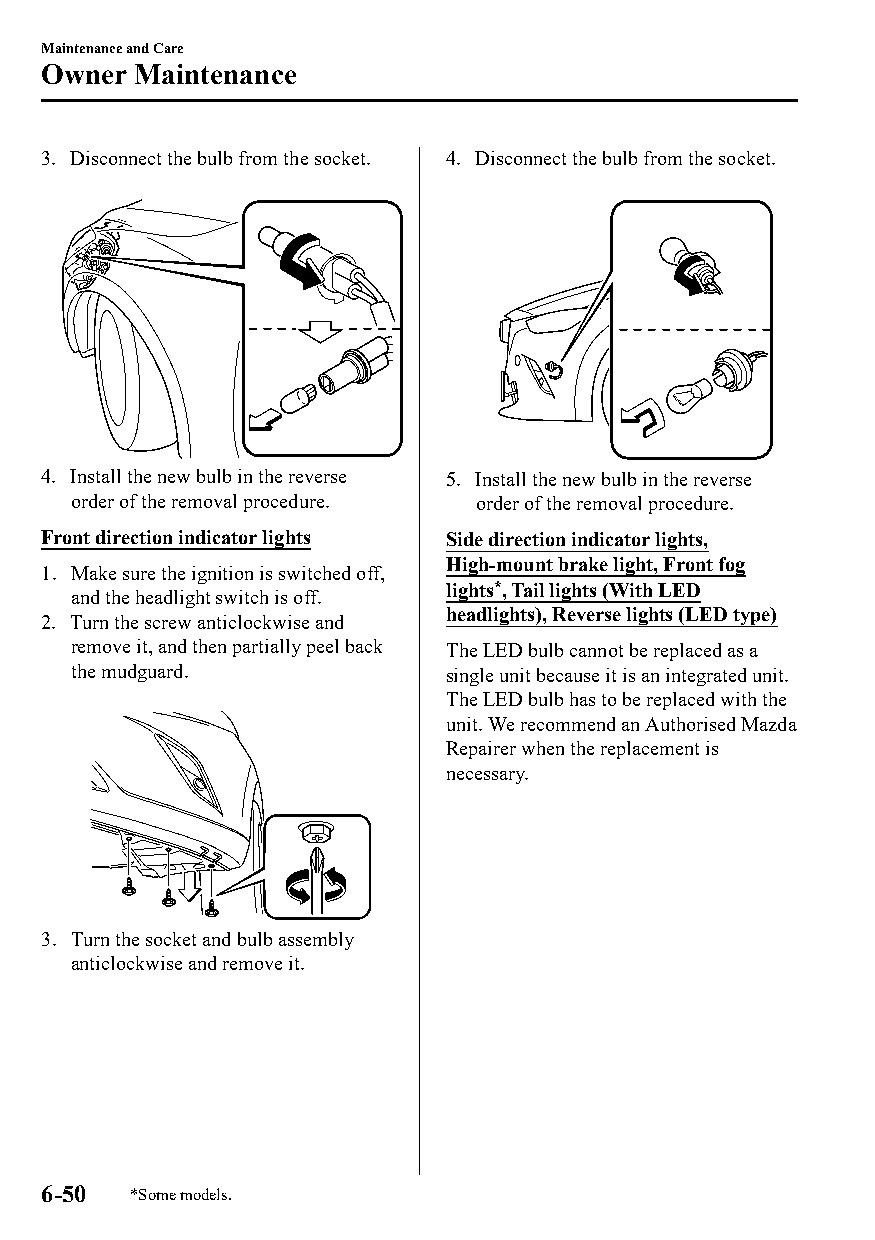
Maintenance and Care
 Owner  Maintenance
 3. Disconnect the bulb from the socket. 4. Disconnect the bulb from the socket.
 4. Install the new bulb in the reverse 5. Install the new bulb in the reverse
 order of the removal procedure. order of the removal procedure.
 Front direction indicator lights Side direction indicator lights,
 High-mount brake light, Front fog
 1. Make sure the ignition is switched off,
 lights*, Tail lights (With LED
 and the headlight switch is off.
 headlights), Reverse lights (LED type)
 2. Turn the screw anticlockwise and
 remove it, and then partially peel back The LED bulb cannot be replaced as a
 the mudguard.            single unit because it is an integrated unit.
 The LED bulb has to be replaced with the
 unit. We recommend an Authorised Mazda
 Repairer when the replacement is
 necessary.
 3. Turn the socket and bulb assembly
 anticlockwise and remove it.
 6-50  *Some models.
 CX-3_8GT4-EE-18D_Edition4                  2018-9-6 18:32:19